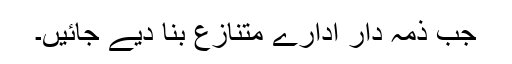
جب ذمہ دار ادارے متنازع بنا دیے جائیں۔